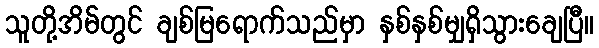
သူတို့အိမ်တွင် ချစ်မြရောက်သည်မှာ နှစ်နှစ်မျှရှိသွားချေပြီ။